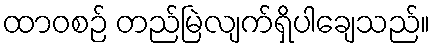
ထာဝစဉ် တည်မြဲလျက်ရှိပါချေသည်။